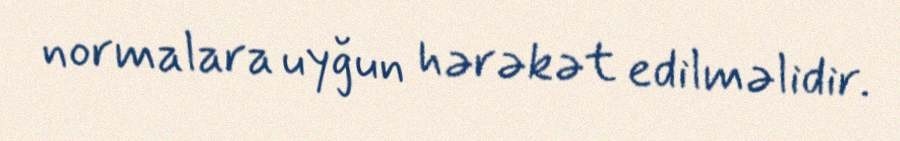
normalara uyğun hərəkət edilməlidir.